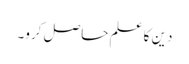
دین کا علم حاصل کرو۔